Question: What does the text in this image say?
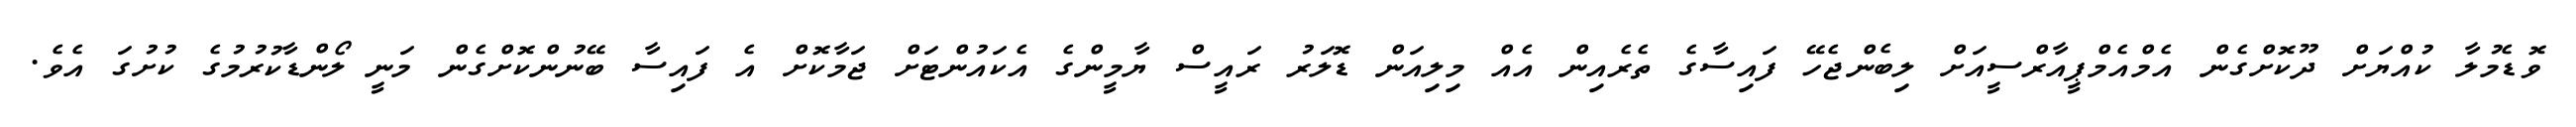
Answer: ވޮޑެމުލާ ކުއްޔަށް ދޫކޮށްގެން އެމްއެމްޕީއާރްސީއަށް ލިބެންޖެހޭ ފައިސާގެ ތެރެއިން އެއް މިލިއަން ޑޮލަރު ރައީސް ޔާމީންގެ އެކައުންޓަށް ޖަމާކޮށް އެ ފައިސާ ބޭނުންކޮށްގެން މަނީ ލޯންޑާކުރުމުގެ ކުށުގަ އެވެ.